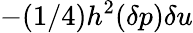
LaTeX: -(1/4)h^{2}(\delta p)\delta u